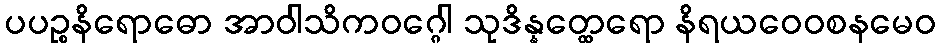
ပပဉ္စနိရောဓော အာဝါသိကဝဂ္ဂေါ သုဒိန္နတ္ထေရော နိရယဝေဝစနမေဝ